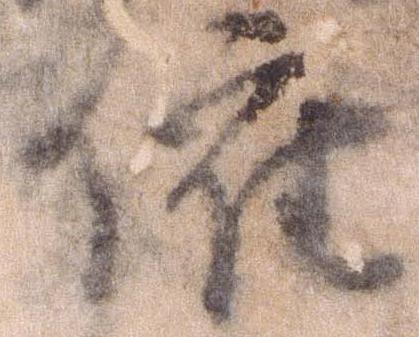
催